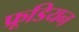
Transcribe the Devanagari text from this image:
फ्रूडियन